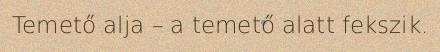
Temető alja – a temető alatt fekszik.